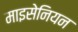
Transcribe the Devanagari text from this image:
माइसेनियन